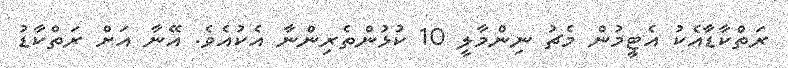
ރަތްކާޑާއެކު އެޓީމުން މެޗު ނިންމާލީ 10 ކުޅުންތެރިންނާ އެކުއެވެ. އޭނާ އަށް ރަތްކާޑު